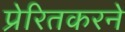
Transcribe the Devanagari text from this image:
प्रेरितकरने